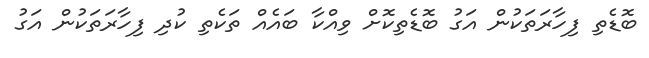
ބޮޑެތި ފިހާރަތަކުން އަގު ބޮޑެތިކޮށް ވިއްކާ ބައެއް ތަކެތި ކުދި ފިހާރަތަކުން އަގު